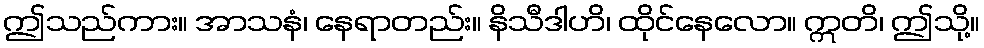
ဤသည်ကား။ အာသနံ၊ နေရာတည်း။ နိသီဒါဟိ၊ ထိုင်နေလော။ ဣတိ၊ ဤသို့။